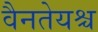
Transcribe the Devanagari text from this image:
वैनतेयश्च